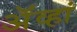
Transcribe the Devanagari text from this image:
अॅव्हां